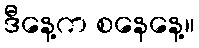
ဒီနေ့က စနေနေ့။